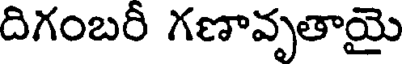
దిగంబరీ గణావృతాయై